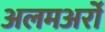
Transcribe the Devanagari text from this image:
अलमअर्रो